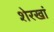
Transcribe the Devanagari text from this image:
शेरखां